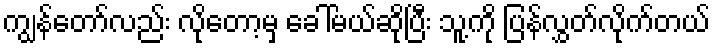
ကျွန်တော်လည်း လိုတော့မှ ခေါ်မယ်ဆိုပြီး သူ့ကို ပြန်လွှတ်လိုက်တယ်